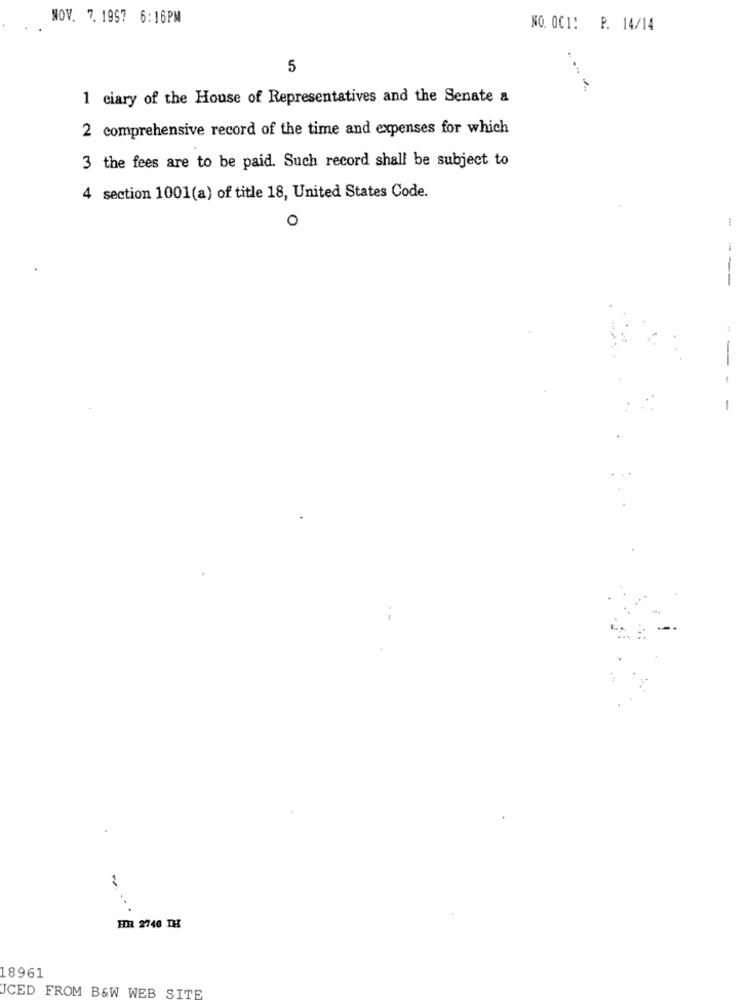
NOV. 7. 1997 6:16PM
NO. OCI! P. 14/14
5
1 ciary of the House of Representatives and the Senate a
2 comprehensive record of the time and expenses for which
3 the fees are to be paid. Such record shall be subject to
4 section 1001(a) of title 18, United States Code.
--
-
FTR 2740 TH
18961
ICED FROM B&W WEB SITE